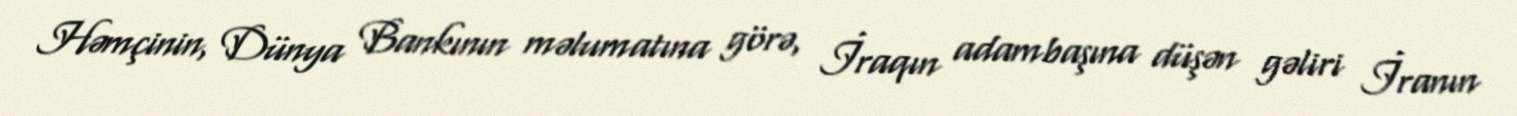
Həmçinin, Dünya Bankının məlumatına görə, İraqın adambaşına düşən gəliri İranın